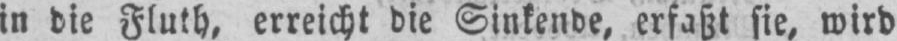
in die Fluth, erreicht die Sinkende, erfaßt sie, wird